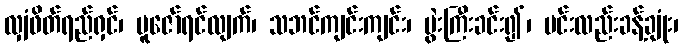
လျှံဖိတ်ရည်ရှင်၊ ပူဇော်ရင်လျက်၊ သဘင်ကျင်းကျင်း၊ ပွဲးကြီးခင်း၍၊ မင်းလည်းခန့်ချုံး၊